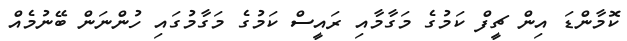
ކޮމާންޑަ އިން ޗީފް ކަމުގެ މަގާމާއި ރައީސް ކަމުގެ މަގާމުގައި ހުންނަން ބޭނުމެއް